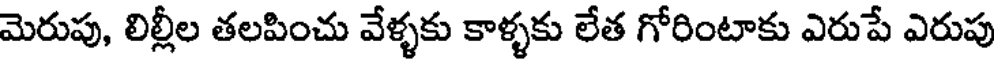
మెరుపు, లిల్లీల తలపించు వేళ్ళకు కాళ్ళకు లేత గోరింటాకు ఎరుపే ఎరుపు